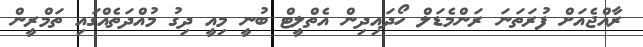
ރާއްޖެއަށް ފުރަތަނަ ރަންމެޑަލް ހޯދައިދިން އެތްލީޓް ބުނީ މިއީ ދިގު މުއްދަތެއްގައި ތަމްރީން